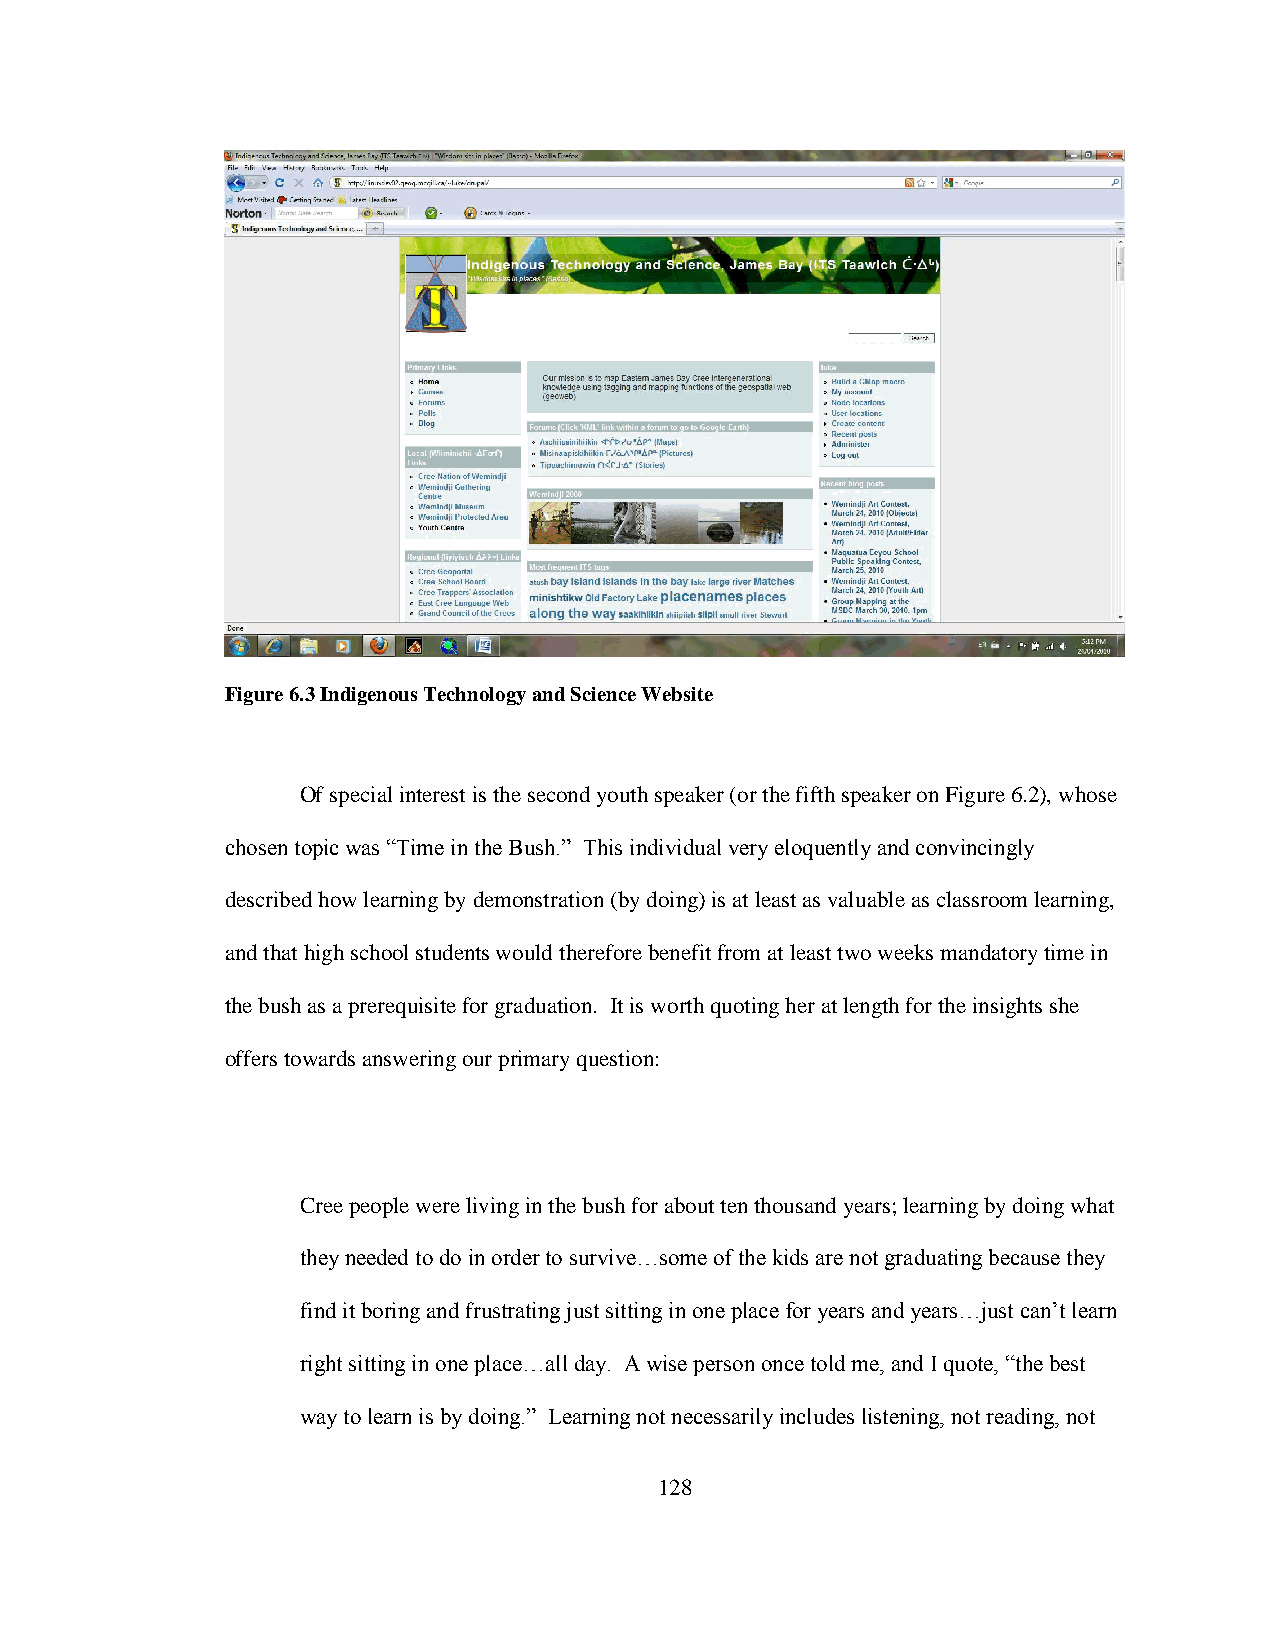
Figure 6.3 Indigenous Technology and Science Website
 Of special interest is the second youth speaker (or the fifth speaker on Figure 6.2), whose
 chosen topic was “Time in the Bush.” This individual very eloquently and convincingly
 described how learning by demonstration (by doing) is at least as valuable as classroom learning,
 and that high school students would therefore benefit from at least two weeks mandatory time in
 the bush as a prerequisite for graduation. It is worth quoting her at length for the insights she
 offers towards answering our primary question:
 Cree people were living in the bush for about ten thousand years; learning by doing what
 they needed to do in order to survive…some of the kids are not graduating because they
 find it boring and frustrating just sitting in one place for years and years…just can‟t learn
 right sitting in one place…all day. A wise person once told me, and I quote, “the best
 way to learn is by doing.” Learning not necessarily includes listening, not reading, not
 128